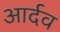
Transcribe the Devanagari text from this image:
आर्दव